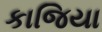
કાજિયા